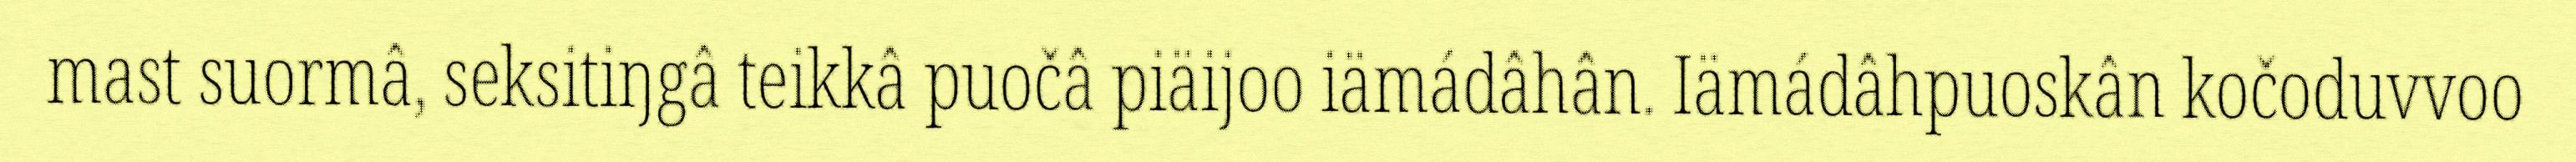
mast suormâ, seksitiŋgâ teikkâ puočâ piäijoo iämádâhân. Iämádâhpuoskân kočoduvvoo